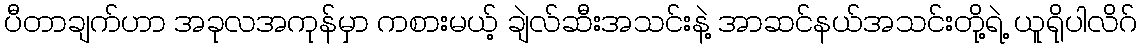
ပီတာချက်ဟာ အခုလအကုန်မှာ ကစားမယ့် ချဲလ်ဆီးအသင်းနဲ့ အာဆင်နယ်အသင်းတို့ရဲ့ ယူရိုပါလိဂ်